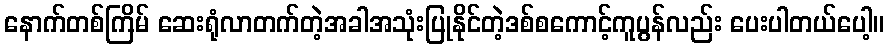
နောက်တစ်ကြိမ် ဆေးရုံလာတက်တဲ့အခါအသုံးပြုနိုင်တဲ့ဒစ်စကောင့်ကူပွန်လည်း ပေးပါတယ်ပေါ့။